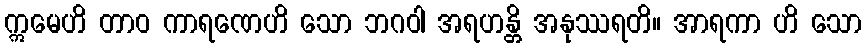
ဣမေဟိ တာဝ ကာရဏေဟိ သော ဘဂဝါ အရဟန္တိ အနုဿရတိ။ အာရကာ ဟိ သော